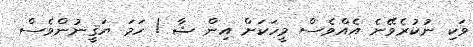
ވަކި ނުކުރެވޭނެ އެއްވެސް މީހަކަށް އިން ޝާ ! ހަމަ ޔަޤީނުންވެސް